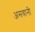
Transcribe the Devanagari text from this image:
असवानी